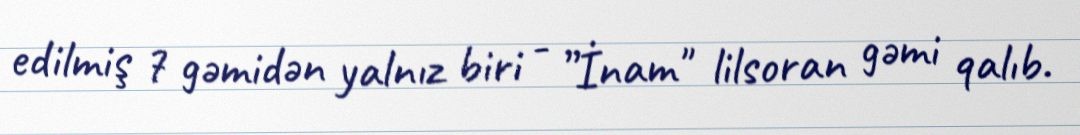
edilmiş 7 gəmidən yalnız biri - ”İnam" lilsoran gəmi qalıb.